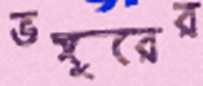
ভঙ্গুরের